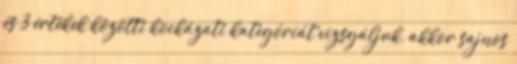
és 3 értékek közötti kockázati kategóriát vizsgáljuk, akkor sajnos